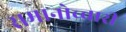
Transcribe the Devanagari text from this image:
समानोच्चारी